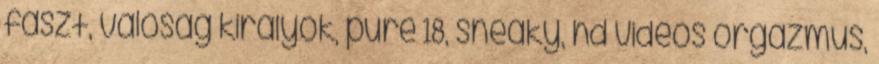
faszt, valóság királyok, pure 18, sneaky, hd videos orgazmus,